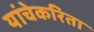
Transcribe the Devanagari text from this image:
यांचेकरिता